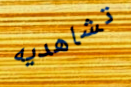
تشاهديه